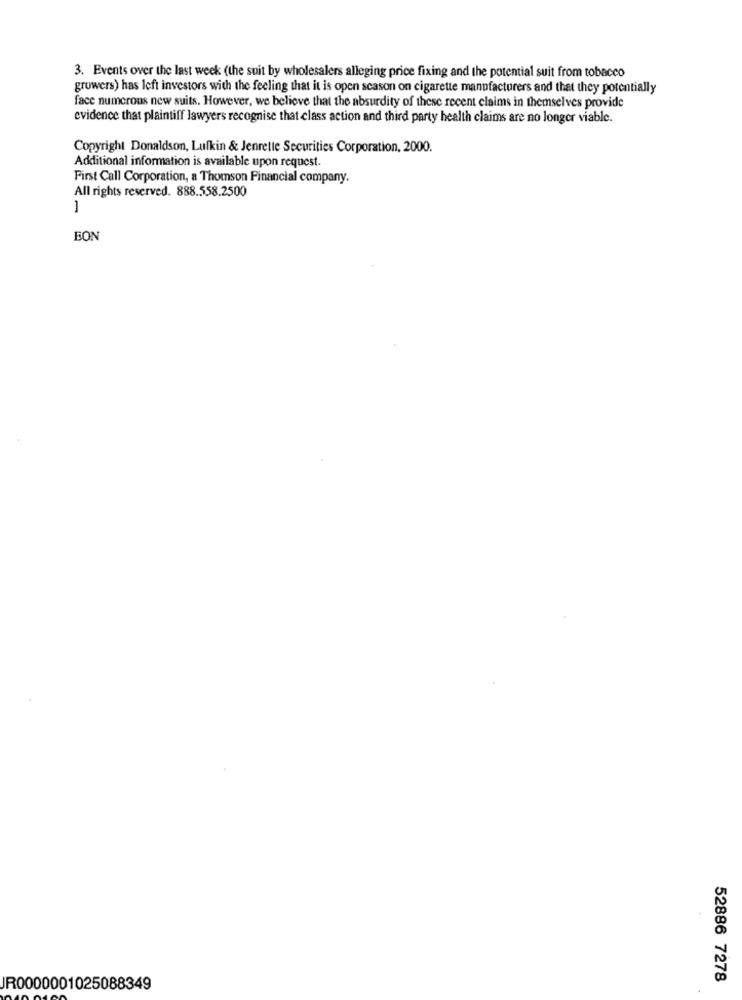
3. Events over the last week (the suit by wholesalers alleging price fixing and the potential suit from tobacco
growers) has left investors with the feeling that it is open season on cigarette manufacturers and that they potentially
face numerous new suits. However, we believe that the absurdity of these recent claims in themselves provide
evidence that plaintiff lawyers recognise that class action and third party health claims are no longer viable.
Copyright Donaldson, Lufkin & Jenretle Securities Corporation, 2000.
Additional information is available upon request.
First Call Corporation, a Thomson Financial company.
All rights reserved. 888.558.2500
-
BON
52886 7278
JR0000001025088349